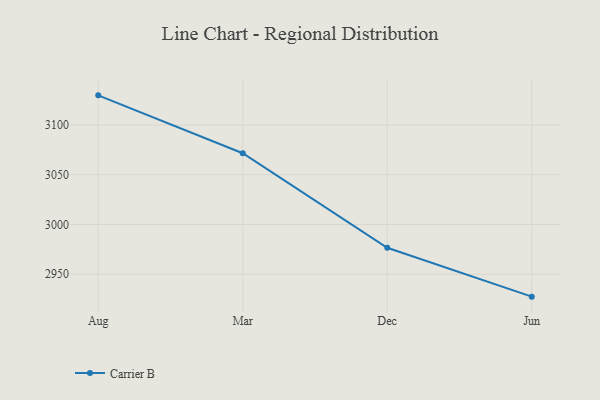
{"axis": {"x": "Month", "y": "Market Share (%)"}, "legend": ["Carrier B"], "data": [{"x": "Aug", "y": 3129.9, "type": "Carrier B"}, {"x": "Mar", "y": 3071.7, "type": "Carrier B"}, {"x": "Dec", "y": 2976.7, "type": "Carrier B"}, {"x": "Jun", "y": 2927.5, "type": "Carrier B"}]}